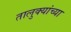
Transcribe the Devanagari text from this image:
तालुक्‍यांच्या